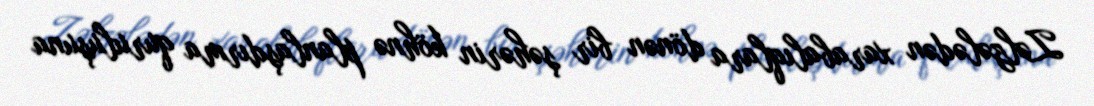
Zəlzələdən xarabalıqlara dönən bir şəhərin köhnə planlaşdırma quruluşuna